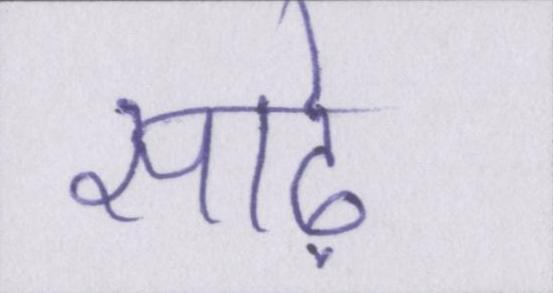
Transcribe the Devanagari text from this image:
साढ़े